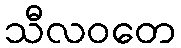
သီလဝတေ